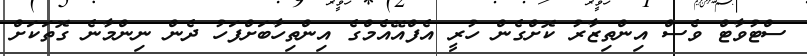
ސްޓުވާޓް ވެސް އިންތިޒާރު ކޮށްގެން ހުރީ އެފްއޭއެމްގެ އިންތިހާބަށްފަހު ދެން ނިންމާނެ ގޮތަކަށް